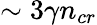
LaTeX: \sim 3\gamma n_{cr}